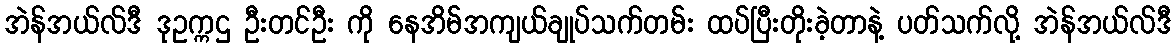
အဲန်အယ်လ်ဒီ ဒုဥက္ကဌ ဦးတင်ဦး ကို နေအိမ်အကျယ်ချုပ်သက်တမ်း ထပ်ပြီးတိုးခဲ့တာနဲ့ ပတ်သက်လို့ အဲန်အယ်လ်ဒီ